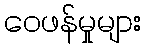
ဝေဖန်မှုများ